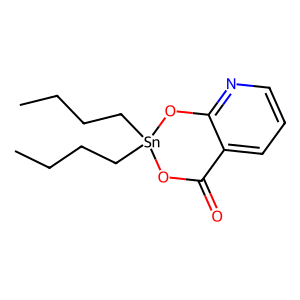
SMILES: CCCC[Sn]1(CCCC)OC(=O)c2cccnc2O1
Inhibits HIV replication: No